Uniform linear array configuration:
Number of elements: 64
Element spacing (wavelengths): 0.5
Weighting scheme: binomial
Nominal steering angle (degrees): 60
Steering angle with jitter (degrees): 58.78
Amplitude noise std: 0.05
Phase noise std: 0.05

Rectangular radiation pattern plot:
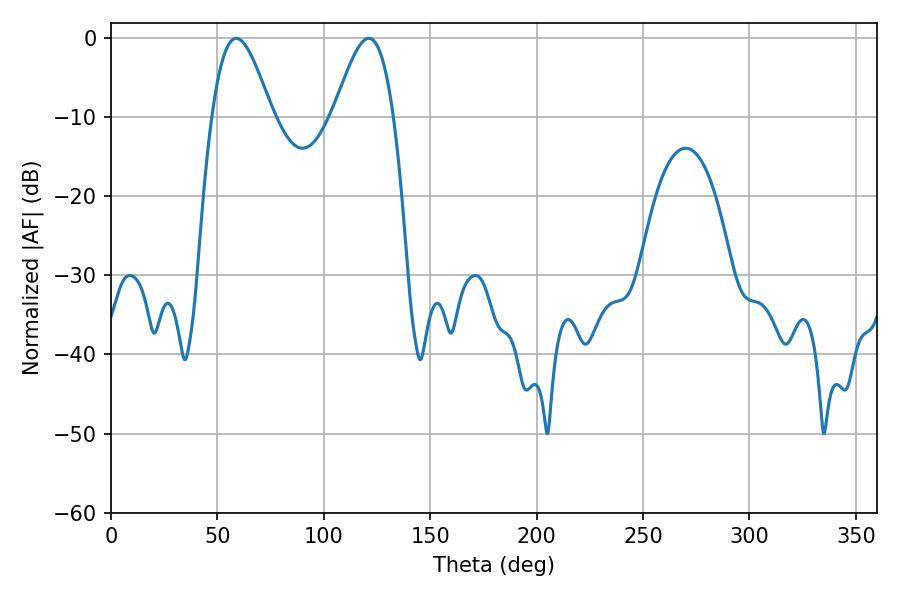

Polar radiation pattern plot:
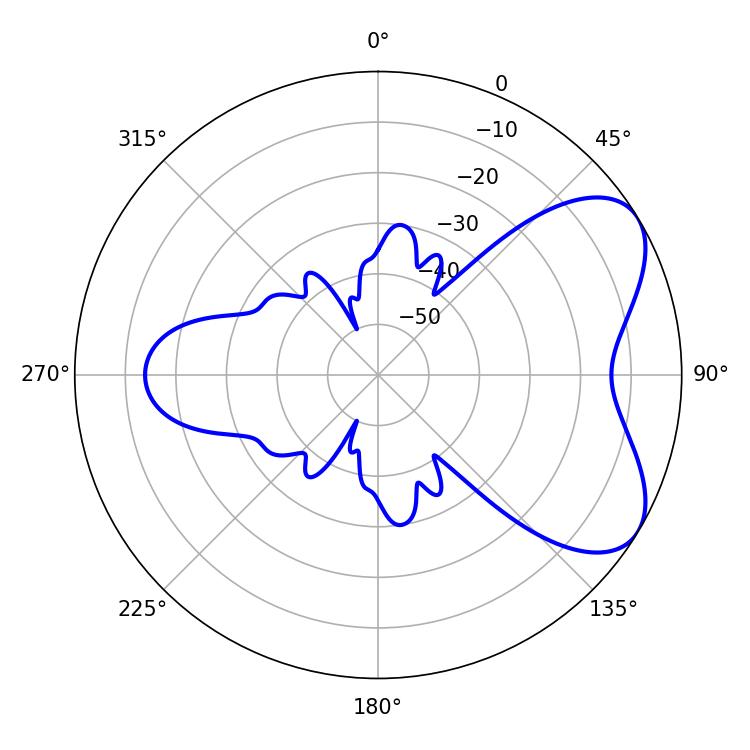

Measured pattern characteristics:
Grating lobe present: FALSE
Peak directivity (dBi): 5.994
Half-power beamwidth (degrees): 14.94
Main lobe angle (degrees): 58.86